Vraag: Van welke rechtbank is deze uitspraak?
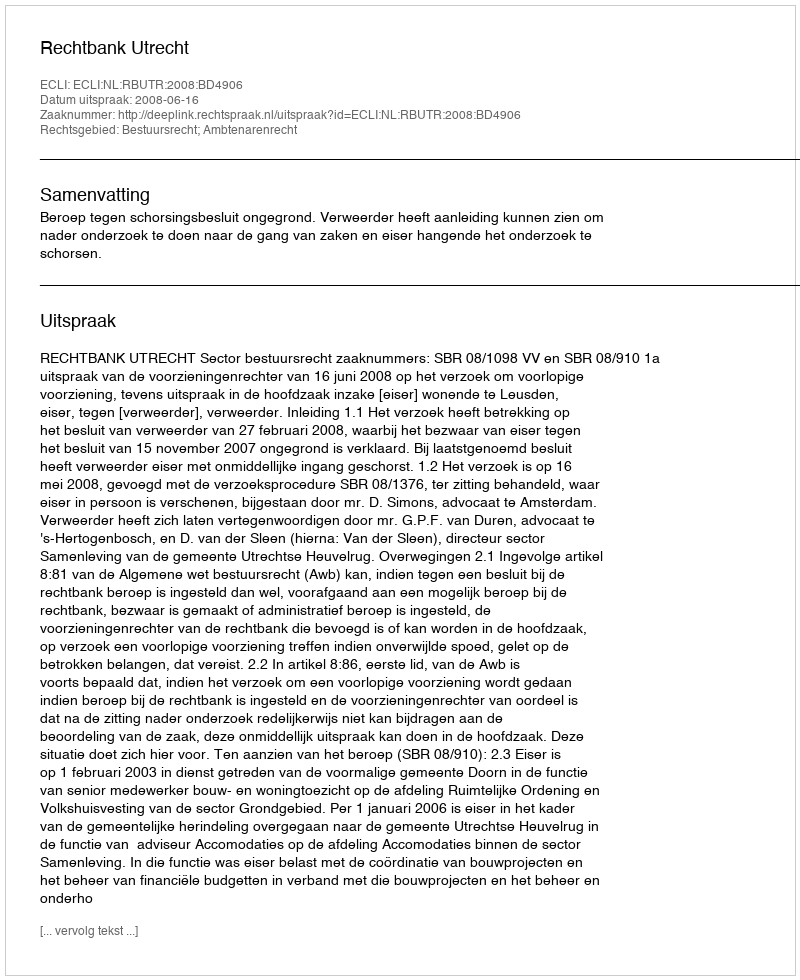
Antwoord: Rechtbank Utrecht